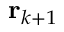
\mathbf { r } _ { k + 1 }